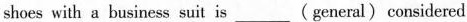
shoes with a business suit is ___ ( general) considered